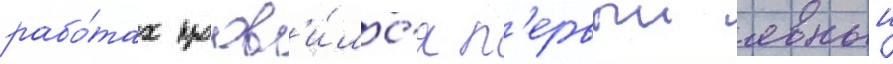
рабо́тах проав'и́лс'я п'ервыи явныи